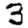
Digit: 3